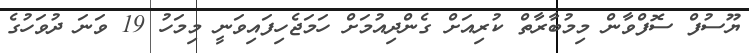
ޔޫސުފް ސޮފްވާން މިމުބާރާތް ކުރިއަށް ގެންދިއުމަށް ހަމަޖެހިފައިވަނީ މިމަހު 19 ވަނަ ދުވަހުގެ